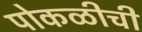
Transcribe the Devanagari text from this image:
पोकळीची